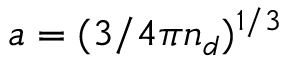
a = ( { 3 } / { 4 { \pi } { n _ { d } } } ) ^ { 1 / 3 }